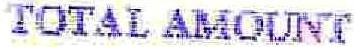
TOTAL AMOUNT